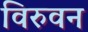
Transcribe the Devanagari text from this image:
विरुवन